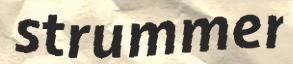
strummer